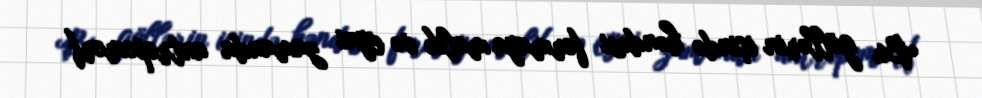
Bu göllərin içində həndəsi formaya malik və eyni zamanda antropomorf